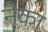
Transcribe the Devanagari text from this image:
नैका